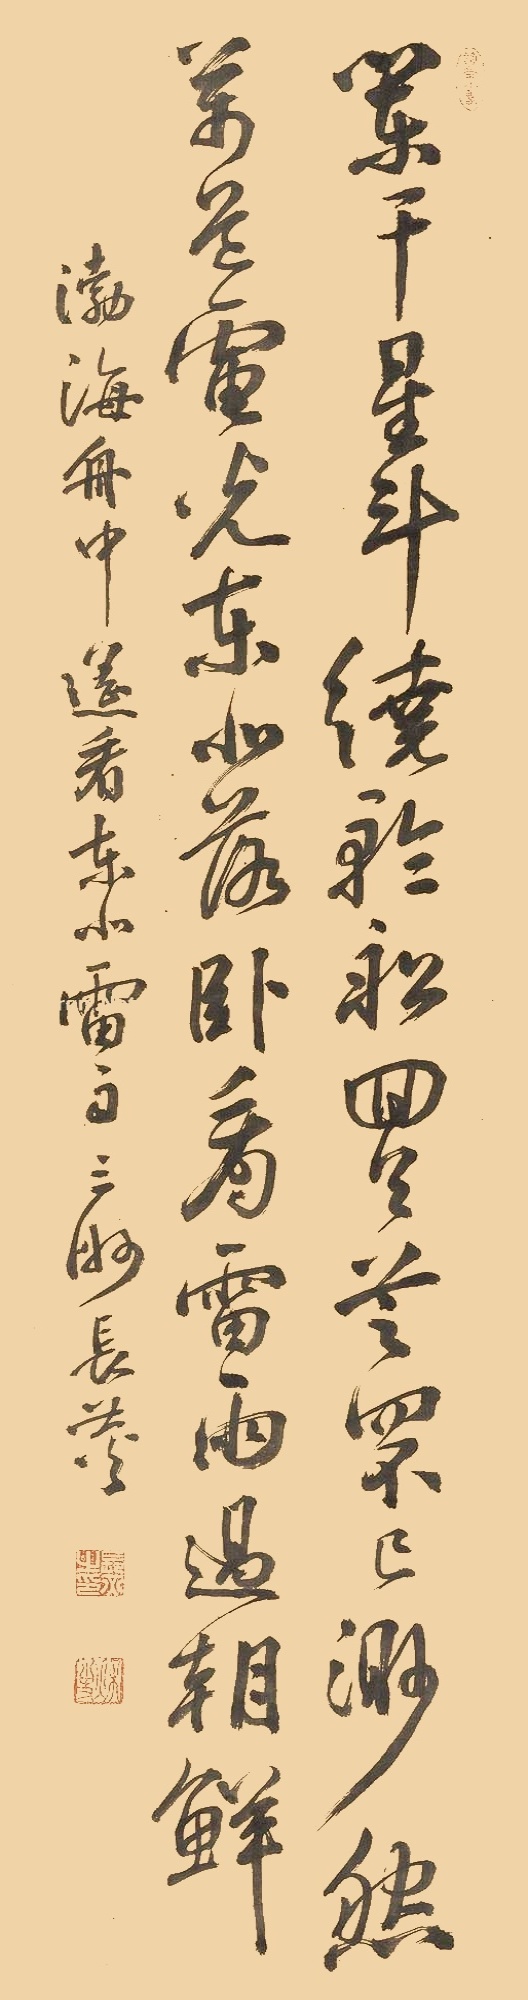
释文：阑干星斗绕轮船，回天芝罘已渺然。万道电光东北落，卧看雷雨过朝鲜。渤海舟中遥看东北雷雨，三洲长炗。